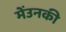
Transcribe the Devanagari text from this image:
मेंउनकी